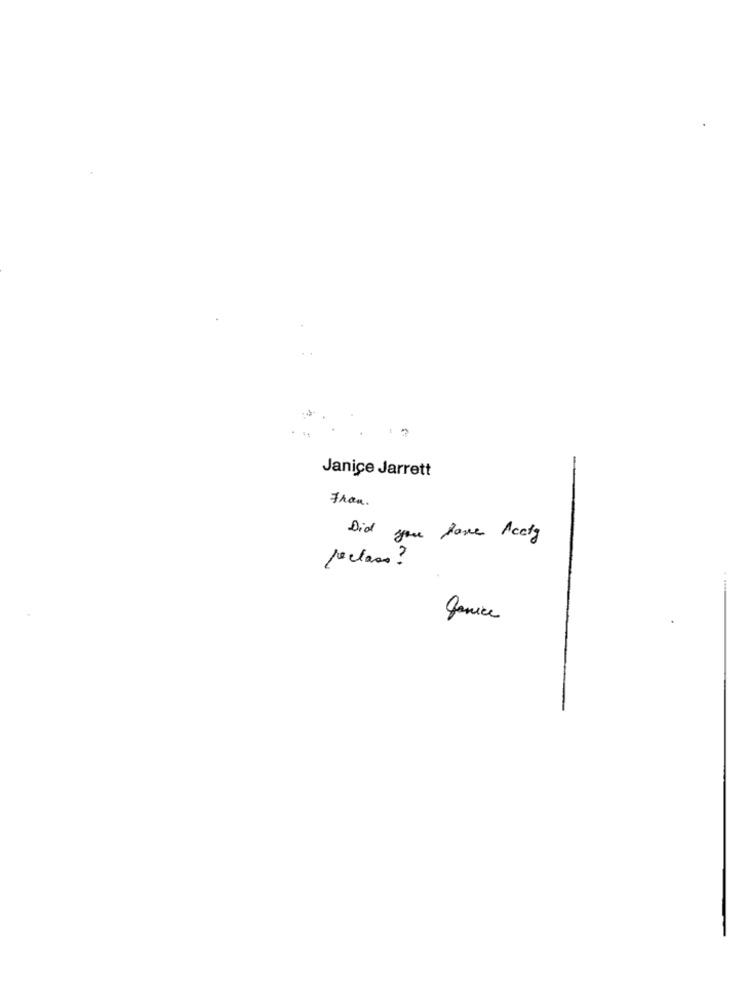
Janice Jarrett
Fran.
Did you have Acciy
reclass?
Janice